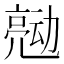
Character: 𰁠